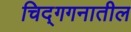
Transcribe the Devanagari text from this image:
चिद्‌गगनातील